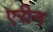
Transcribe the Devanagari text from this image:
एरीन